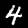
Label: 4